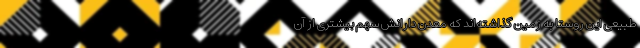
طبیعی این روستا به زمین گذاشته‌اند که معدن دارانش سهم بیشتری از آن